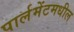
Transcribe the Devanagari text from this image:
पार्लमेंटमधील